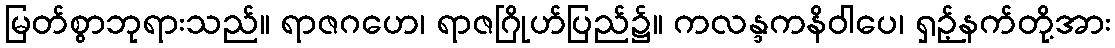
မြတ်စွာဘုရားသည်။ ရာဇဂဟေ၊ ရာဇဂြိုဟ်ပြည်၌။ ကလန္ဒကနိဝါပေ၊ ရှဉ့်နက်တို့အား